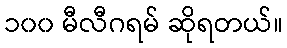
၁၀၀ မီလီဂရမ် ဆိုရတယ်။